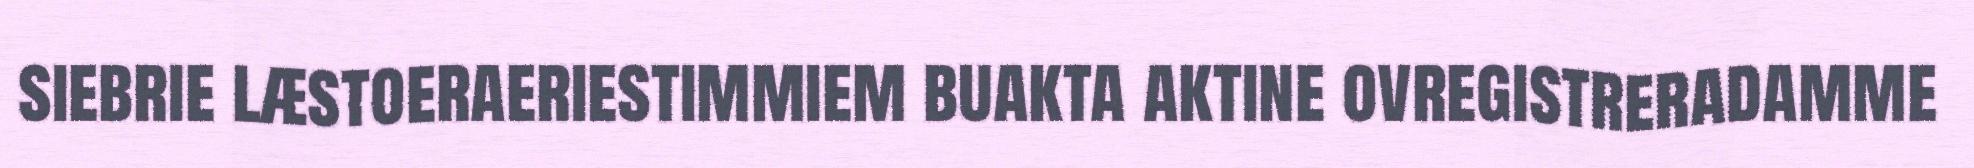
siebrie læstoeraeriestimmiem buakta aktine ovregistreradamme